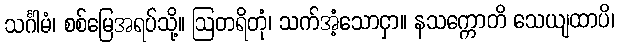
သင်္ဂါမံ၊ စစ်မြေအရပ်သို့။ ဩတရိတုံ၊ သက်အံ့သောငှာ။ နသက္ကောတိ သေယျထာပိ၊